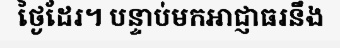
ថ្ងៃដែរ។ បន្ទាប់មកអាជ្ញាធរនឹង